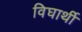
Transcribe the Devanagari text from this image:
विघार्थी